Annual vaccination report of Bihar and Orissa - 1911-1928
Year: 1911
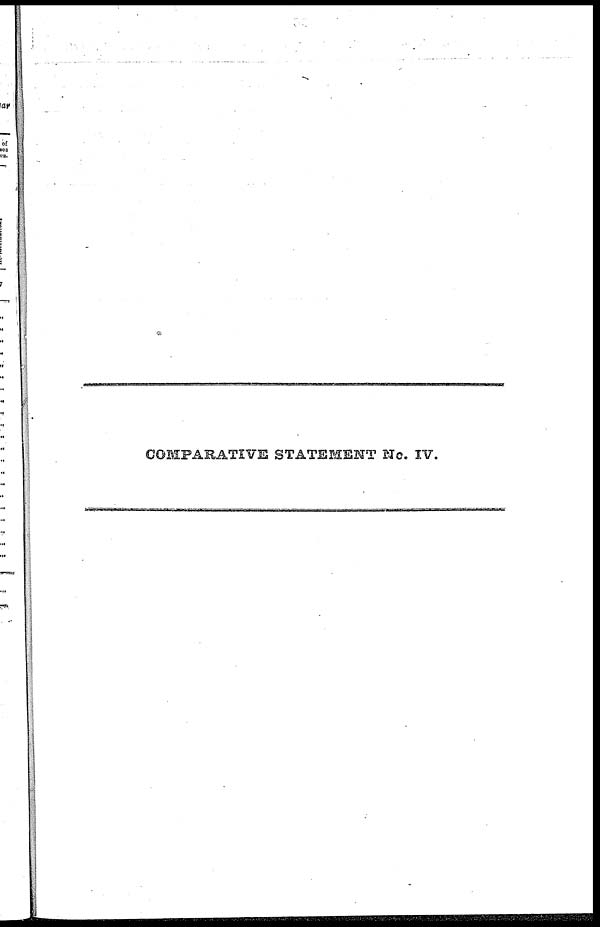
COMPARATIVE STATEMENT No. IV.